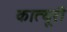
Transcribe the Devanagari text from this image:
कात्यूरी